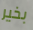
بخير